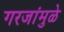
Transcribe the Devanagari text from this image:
गरजांमुळे